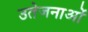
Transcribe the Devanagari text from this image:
उतेजनाओं